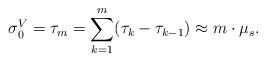
LaTeX: \begin{align*}\sigma_0^V = \tau_m = \sum_{k=1}^m (\tau_k - \tau_{k-1}) \approx m \cdot \mu_s.\end{align*}